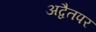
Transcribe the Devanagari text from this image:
अद्वैतपर